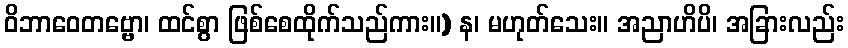
ဝိဘာဝေတဗ္ဗော၊ ထင်စွာ ဖြစ်စေထိုက်သည်ကား။) န၊ မဟုတ်သေး။ အညာဟိပိ၊ အခြားလည်း